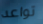
تواعد